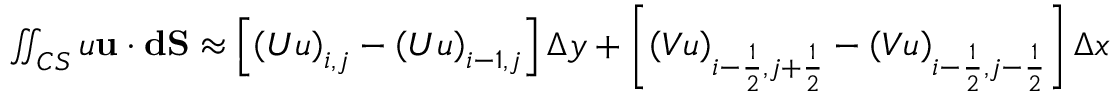
\begin{array} { r } { \iint _ { C S } u \mathbf { u } \cdot \mathbf { d S } \approx \left[ \left( U u \right) _ { i , j } - \left( U u \right) _ { i - 1 , j } \right] \Delta y + \left[ \left( V u \right) _ { i - \frac { 1 } { 2 } , j + \frac { 1 } { 2 } } - \left( V u \right) _ { i - \frac { 1 } { 2 } , j - \frac { 1 } { 2 } } \right] \Delta x } \end{array}